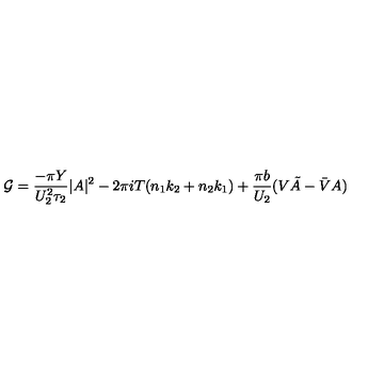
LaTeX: { \cal G } = \frac { - \pi Y } { U _ { 2 } ^ { 2 } \tau _ { 2 } } | A | ^ { 2 } - 2 \pi i T ( n _ { 1 } k _ { 2 } + n _ { 2 } k _ { 1 } ) + \frac { \pi b } { U _ { 2 } } ( V \tilde { A } - \bar { V } A )